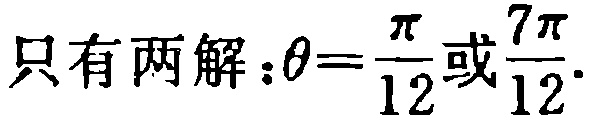
只有两解：$\theta=\frac{\pi}{12}\text{或}\frac{7\pi}{12}.$